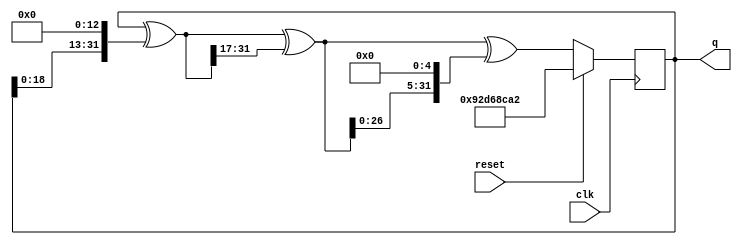
`timescale 1ns / 1ps
`default_nettype none

module xorshift(clk, reset, q);
    input  wire clk;
    input  wire reset;
    output wire [31:0] q;

    reg [31:0] y, y0, y1;

    assign q = y;

    always @(posedge clk) begin
        if (reset == 1'b1) begin
            y <= {16'd37590, 16'd36002};
        end else begin
            y0 = y ^ {y[18:0], 13'b0};
            y1 = y0 ^ {17'd0, y0[31:17]};
            y <= y1 ^ {y1[26:0], 5'b0};
        end
    end
endmodule